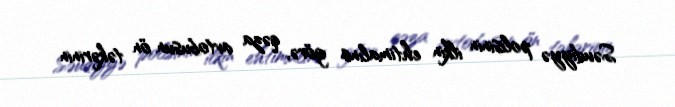
Səudiyyə polisinin ilkin ehtimalına görə, qəza avtobusun ön təkərinin